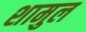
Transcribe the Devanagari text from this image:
शामुल